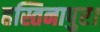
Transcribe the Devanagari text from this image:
हस्तिनापुर।